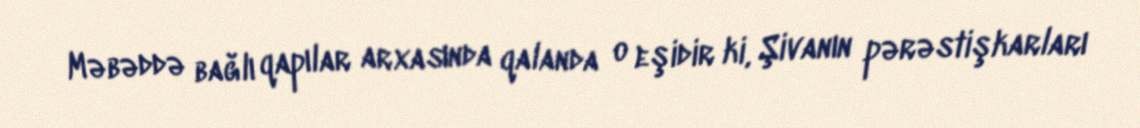
Məbəddə bağlı qapılar arxasında qalanda o eşidir ki, Şivanın pərəstişkarları